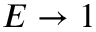
E \to 1